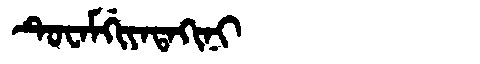
Manchu: ᡨᡠᠸᠠᠮᡤᡳᠶᠠᡨᠠᡴᡳᠨᡳ
Romanization: TUWAMGIYATAKINI